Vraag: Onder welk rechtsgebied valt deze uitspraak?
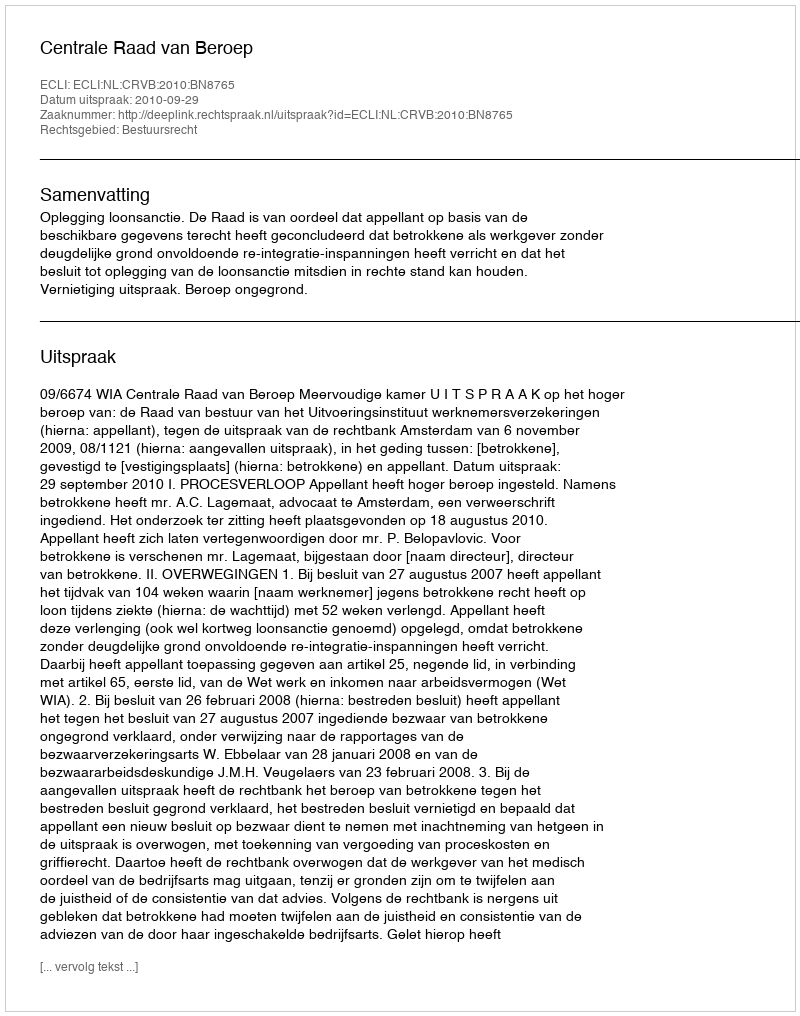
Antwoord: Bestuursrecht